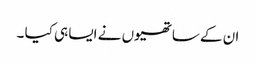
ان کے ساتھیوں نے ایسا ہی کیا ۔